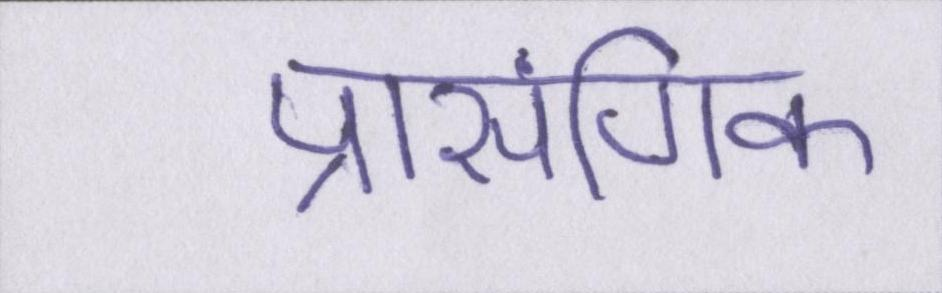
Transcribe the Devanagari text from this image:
प्रासंगिक